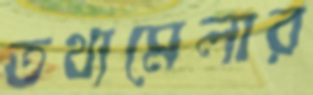
তথ্যমেলার